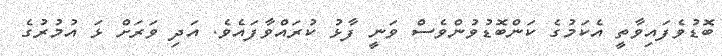
ބޮޑުވެފައިވާތީ އެކަމުގެ ކަންބޮޑުވުންވެސް ވަނީ ފާޅު ކުރައްވާފައެވެ. އަދި ވަރަށް ޅަ އުމުރުގެ